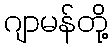
ဂျာမန်တို့